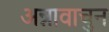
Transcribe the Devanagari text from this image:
अन्नावाचुन